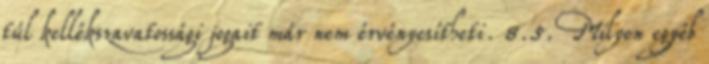
túl kellékszavatossági jogait már nem érvényesítheti. 8.5. Milyen egyéb